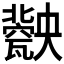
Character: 𤮤